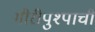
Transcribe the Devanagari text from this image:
गीरीपुश्पाची